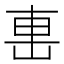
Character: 𨊥